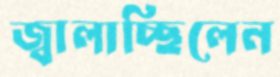
জ্বালাচ্ছিলেন